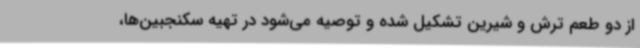
از دو طعم ترش و شیرین تشکیل شده و توصیه می‌شود در تهیه سکنجبین‌ها،